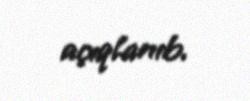
açıqlanıb.